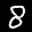
Label: 8